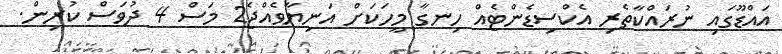
އައްޑޫގައި ނުރައްކާތެރި އެކްސިޑެންޓެއް ހިނގާ މީހަކަށް އަނިޔާވެއްޖެ2 މަސް 4 ދުވަސް ކުރިން.